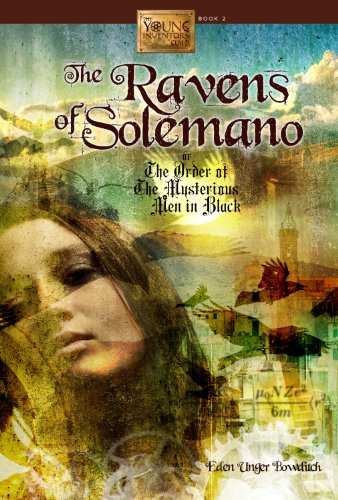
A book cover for The Ravens of Solemano or The Order of the Mysterious Men in Black (The Young Inventors Guild); Eden Unger Bowditch; Teen & Young Adult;